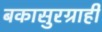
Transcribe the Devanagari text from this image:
बकासुरग्राही